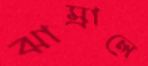
ঝাম্‌রালে